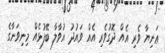
ޢަނިޔާ ވެރި އެއް ދޮގުވެރި އެއް ވައުދު އުވާލާ ބޭފުޅެއް މިނިވަނާގެ